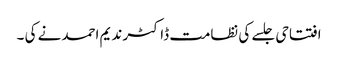
افتتاحی جلسے کی نظامت ڈاکٹر ندیم احمد نے کی ۔